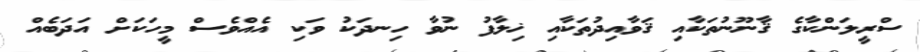
ސްރީލަންކާގެ ޤާނޫނުތަކާއި ޤަވާއިދުތަކާއި ޚިލާފު ނުވާ ހިނދަކު ވަކި އެއްވެސް މީހަކަށް އަދަބެއް